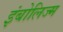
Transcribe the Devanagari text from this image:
इंबोलिज्म